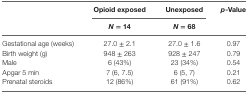
<table><thead><tr><td rowspan="3"></td><td><b>Opioid exposed</b></td><td><b>Unexposed</b></td><td rowspan="2"><b><i>p</i>-Value</b></td></tr><tr><td><b><i>N</i> = 14</b></td><td><b><i>N</i> = 68</b></td></tr></thead><tbody><tr><td>Gestational age (weeks)</td><td>27.0 ± 2.1</td><td>27.0 ± 1.6</td><td>0.97</td></tr><tr><td>Birth weight (g)</td><td>948 ± 263</td><td>928 ± 247</td><td>0.79</td></tr><tr><td>Male</td><td>6 (43%)</td><td>23 (34%)</td><td>0.54</td></tr><tr><td>Apgar 5 min</td><td>7 (6, 7.5)</td><td>6 (5, 7)</td><td>0.21</td></tr><tr><td>Prenatal steroids</td><td>12 (86%)</td><td>61 (91%)</td><td>0.62</td></tr></tbody></table>